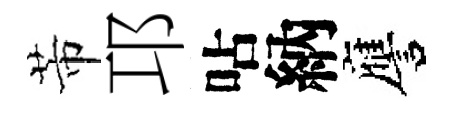
芾邛呫納譍